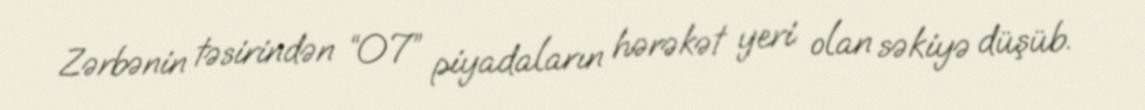
Zərbənin təsirindən “07” piyadaların hərəkət yeri olan səkiyə düşüb.